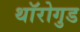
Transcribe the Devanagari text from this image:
थॉरोगुड